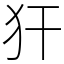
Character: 犴